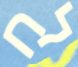
לח